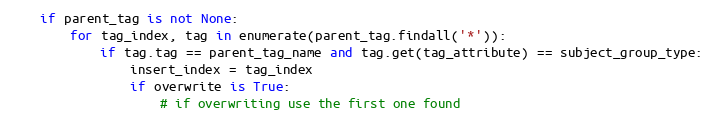
Language: Python
    if parent_tag is not None:
        for tag_index, tag in enumerate(parent_tag.findall('*')):
            if tag.tag == parent_tag_name and tag.get(tag_attribute) == subject_group_type:
                insert_index = tag_index
                if overwrite is True:
                    # if overwriting use the first one found